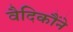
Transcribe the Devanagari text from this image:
वैदिकौंने